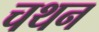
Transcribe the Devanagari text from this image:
चथन